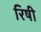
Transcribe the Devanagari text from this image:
रिषी